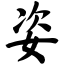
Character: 姿